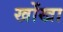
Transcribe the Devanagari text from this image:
खोंखा